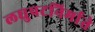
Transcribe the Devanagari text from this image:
लघुपटनिर्माते